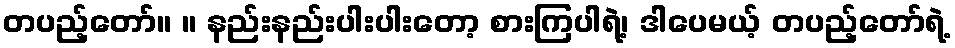
တပည့်တော်။ ။ နည်းနည်းပါးပါးတော့ စားကြပါရဲ့၊ ဒါပေမယ့် တပည့်တော်ရဲ့